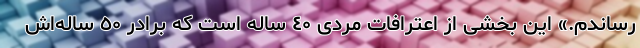
رساندم.» این بخشی از اعترافات مردی ٤٠ ساله است که برادر ٥٠ ساله‌اش